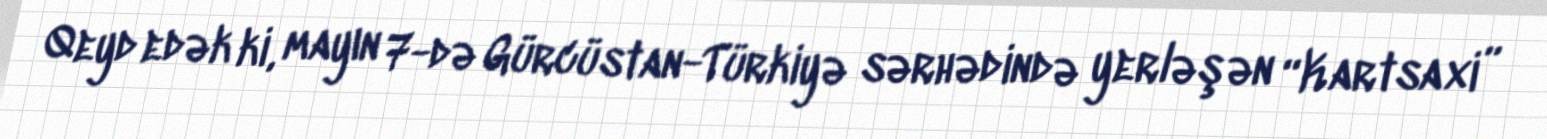
Qeyd edək ki, mayın 7-də Gürcüstan-Türkiyə sərhədində yerləşən “Kartsaxi”